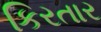
કિરતાર